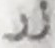
زر